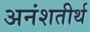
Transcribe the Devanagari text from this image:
अनंशतीर्थ